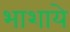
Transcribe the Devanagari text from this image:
भाशाये